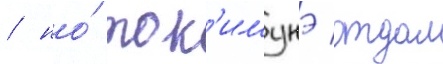
/ но́ ток'имунэ отдал